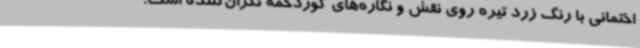
اختمانی با رنگ زرد تیره روی نقش و نگاره‌های گوردخمه نگران‌کننده است.